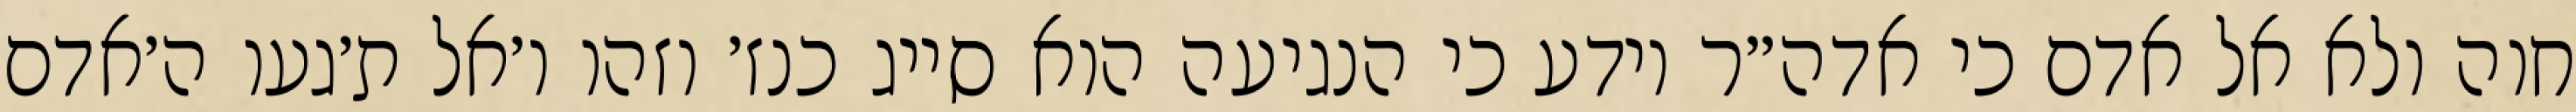
חוה ולא אל אדם כי אדה״ר יודע כי הנגיעה הוא סייג כנז׳ וזהו ו׳אל ת׳געו ה׳אדם